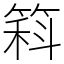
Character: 䈖